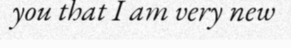
you that I am very new